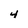
Character: 4